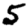
Digit: 5